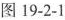
图19-2-1